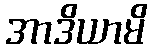
အာဒိယာမိ